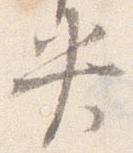
央